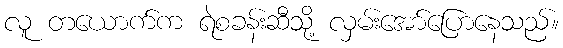
လူ တယောက်က ရဲစခန်းဆီသို့ လှမ်းအော်ပြောနေသည်။